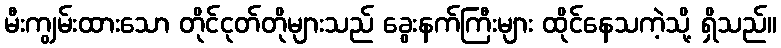
မီးကျွမ်းထားသော တိုင်ငုတ်တိုများသည် ခွေးနက်ကြီးများ ထိုင်နေသကဲ့သို့ ရှိသည်။